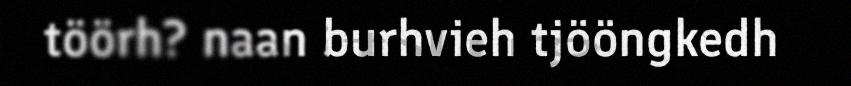
töörh? naan burhvieh tjööngkedh